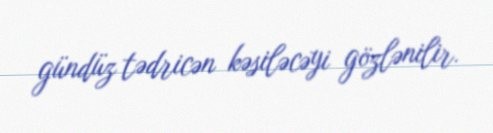
gündüz tədricən kəsiləcəyi gözlənilir.